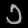
Digit: ၁